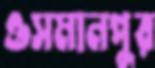
ওসমানপুর